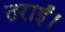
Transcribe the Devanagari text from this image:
तराई।